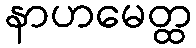
နာဟမေတ္ထ